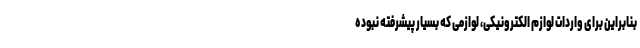
بنابراین برای واردات لوازم الکترونیکی، لوازمی که بسیار پیشرفته نبوده